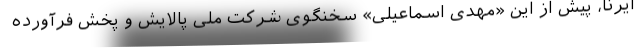
ایرنا، پیش از این «مهدی اسماعیلی» سخنگوی شرکت ملی پالایش و پخش فرآورده